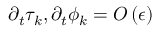
\partial _ { t } \tau _ { k } , \partial _ { t } \phi _ { k } = { \cal O } \left( \epsilon \right)